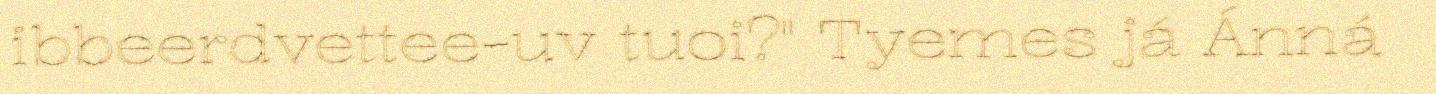
ibbeerdvettee-uv tuoi?" Tyemes já Ánná